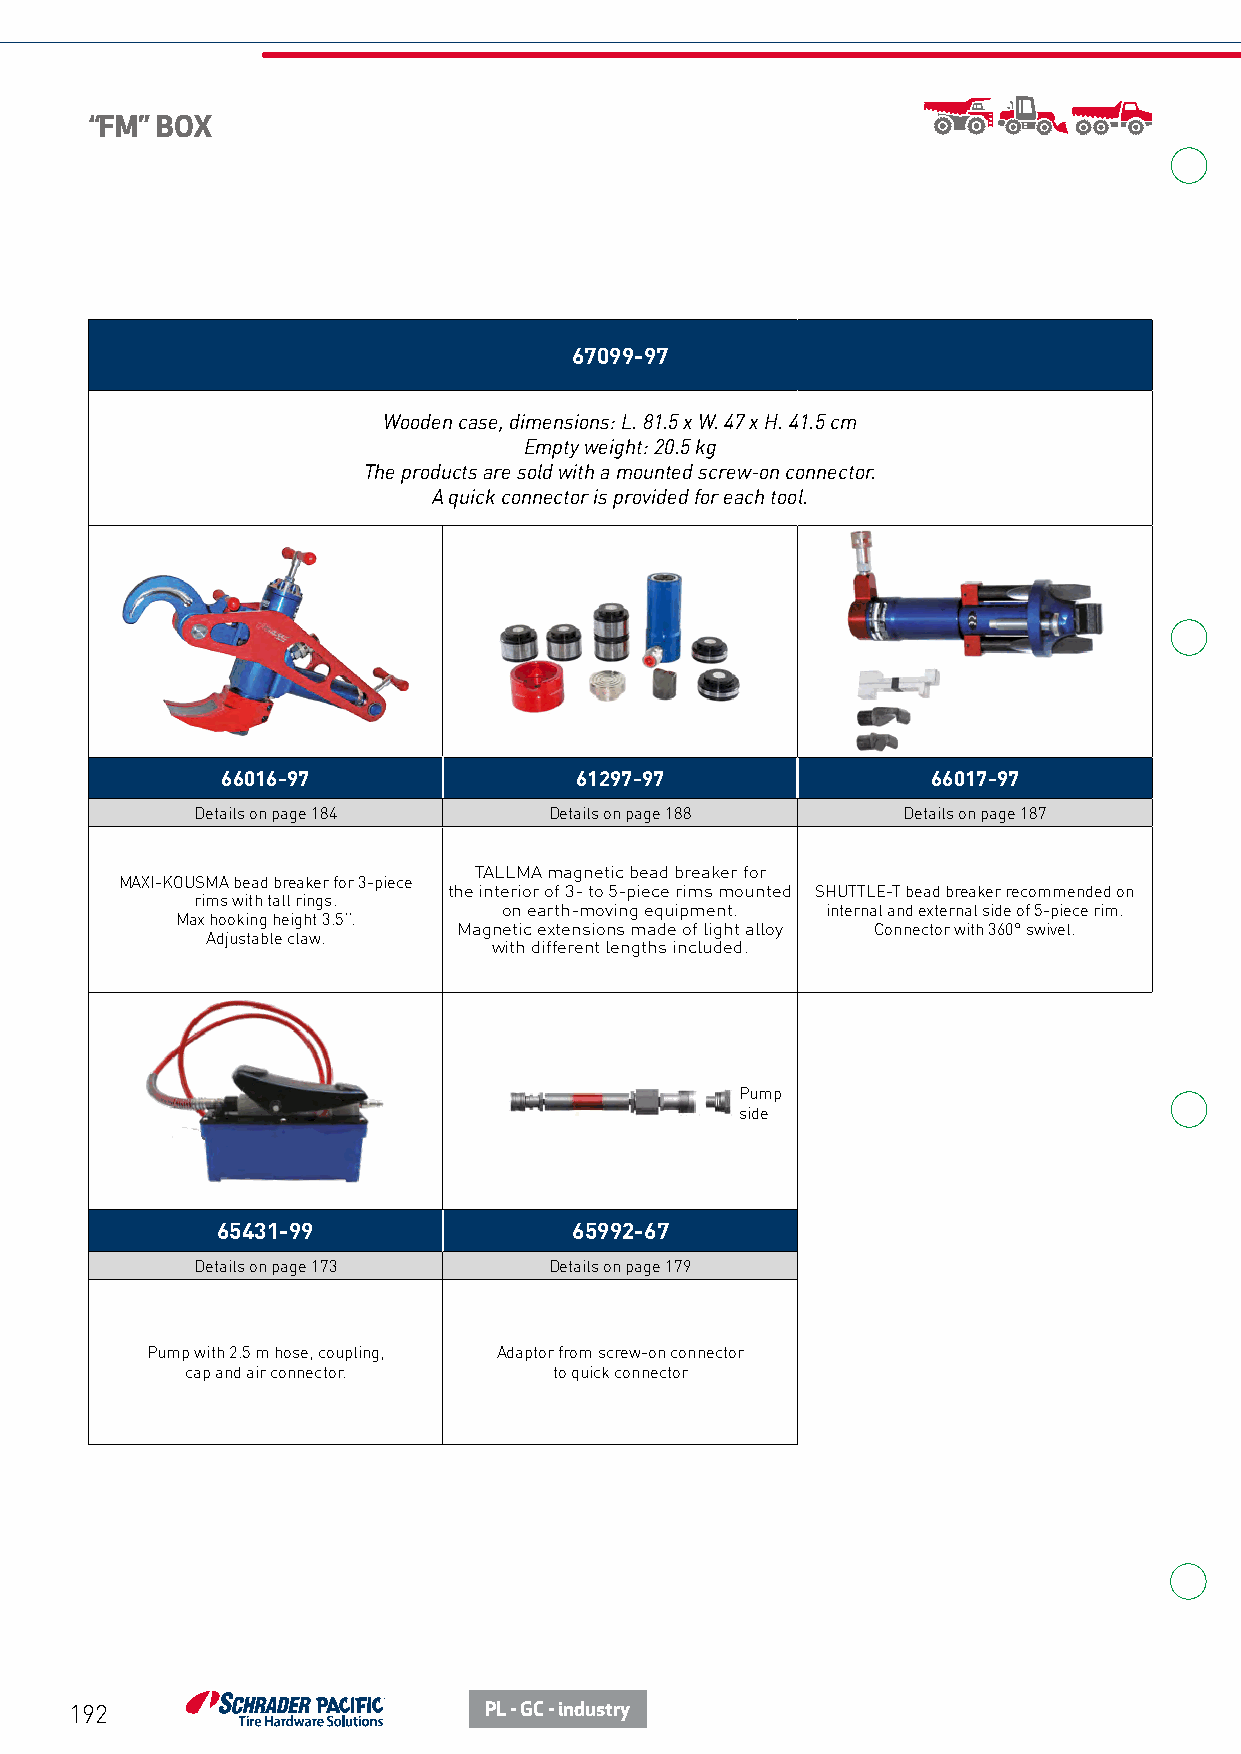
“FM” BOX
 67099-97
 Wooden case, dimensions: L. 81.5 x W. 47 x H. 41.5 cm
 Empty weight: 20.5 kg
 The products are sold with a mounted screw-on connector.
 A quick connector is provided for each tool.
 66016-97               61297-97                66017-97
 Details on page 184    Details on page 188     Details on page 187
 TALLMA magnetic bead breaker for
 MAXI-KOUSMA bead breaker for 3-piece
 the interior of 3- to 5-piece rims mounted SHUTTLE-T bead breaker recommended on
 rims with tall rings.
 on earth-moving equipment. internal and external side of 5-piece rim.
 Max hooking height 3.5’’.
 Magnetic extensions made of light alloy Connector with 360° swivel.
 Adjustable claw.
 with different lengths included.
 Pump
 side
 65431-99                65992-67
 Details on page 173    Details on page 179
 Pump with 2.5 m hose, coupling, Adaptor from screw-on connector
 cap and air connector.   to quick connector
 192                        PL - GC - industry